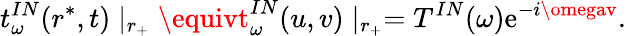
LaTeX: t_{\omega}^{IN}(r^{*},t)\mid_{r_{+}}\equivt_{\omega}^{IN}(u,v)\mid_{r_{+}}=T^{IN}(\omega)\mathrm{e}^{-i\omegav}.